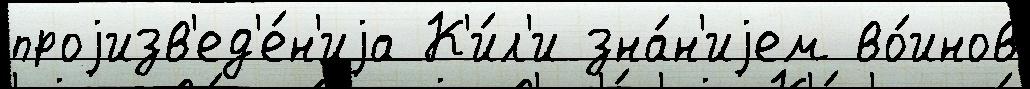
проjизв'ед'е́н'иjа К'и́л'и зна́н'иjем во́инов